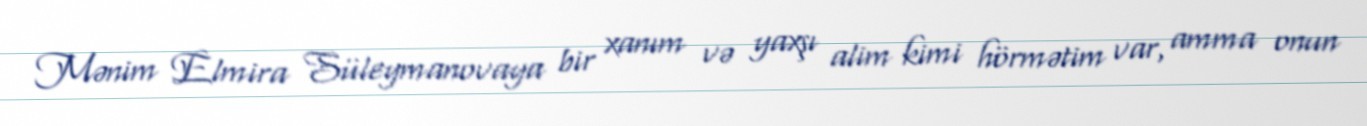
Mənim Elmira Süleymanovaya bir xanım və yaxşı alim kimi hörmətim var, amma onun